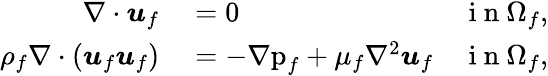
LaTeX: \begin{array}{rlr}{\nabla\cdot\boldsymbol{u}_{f}}&{{}=0}&{\mathrm{~i~n~}\Omega_{f},}\\ {\rho_{f}\nabla\cdot\left(\boldsymbol{u}_{f}\boldsymbol{u}_{f}\right)}&{{}=-\mathrm{\nabla{p}}_{f}+\mu_{f}\nabla^{2}\boldsymbol{u}_{f}}&{\mathrm{~i~n~}\Omega_{f},}\end{array}